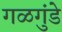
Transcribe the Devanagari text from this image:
गळगुंडे